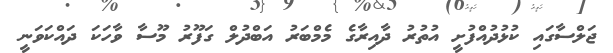
ޖަލްސާގައި ކުޅުދުއްފުށީ އުތުރު ދާއިރާގެ މެމްބަރު އަބްދުލް ގަފޫރު މޫސާ ވާހަކަ ދައްކަވަނީ